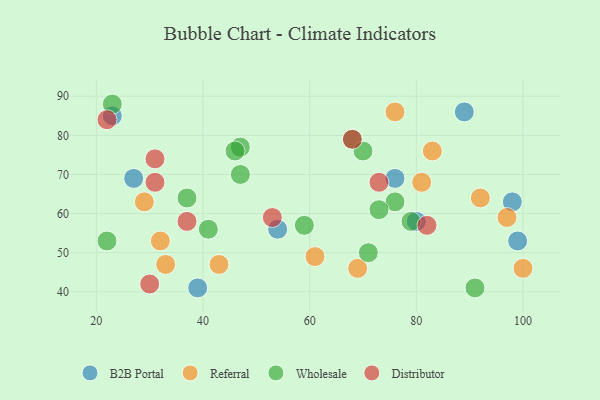
{"axis": {"x": "GDP", "y": "Life Expectancy"}, "legend": ["B2B Portal", "Distributor", "Referral", "Wholesale"], "data": [{"x": "76", "y": 69, "type": "B2B Portal"}, {"x": "39", "y": 41, "type": "B2B Portal"}, {"x": "54", "y": 56, "type": "B2B Portal"}, {"x": "98", "y": 63, "type": "B2B Portal"}, {"x": "89", "y": 86, "type": "B2B Portal"}, {"x": "99", "y": 53, "type": "B2B Portal"}, {"x": "80", "y": 58, "type": "B2B Portal"}, {"x": "27", "y": 69, "type": "B2B Portal"}, {"x": "23", "y": 85, "type": "B2B Portal"}, {"x": "76", "y": 86, "type": "Referral"}, {"x": "97", "y": 59, "type": "Referral"}, {"x": "100", "y": 46, "type": "Referral"}, {"x": "83", "y": 76, "type": "Referral"}, {"x": "33", "y": 47, "type": "Referral"}, {"x": "61", "y": 49, "type": "Referral"}, {"x": "32", "y": 53, "type": "Referral"}, {"x": "81", "y": 68, "type": "Referral"}, {"x": "43", "y": 47, "type": "Referral"}, {"x": "92", "y": 64, "type": "Referral"}, {"x": "29", "y": 63, "type": "Referral"}, {"x": "69", "y": 46, "type": "Referral"}, {"x": "91", "y": 41, "type": "Wholesale"}, {"x": "23", "y": 88, "type": "Wholesale"}, {"x": "71", "y": 50, "type": "Wholesale"}, {"x": "68", "y": 79, "type": "Wholesale"}, {"x": "47", "y": 70, "type": "Wholesale"}, {"x": "47", "y": 77, "type": "Wholesale"}, {"x": "22", "y": 53, "type": "Wholesale"}, {"x": "70", "y": 76, "type": "Wholesale"}, {"x": "41", "y": 56, "type": "Wholesale"}, {"x": "37", "y": 64, "type": "Wholesale"}, {"x": "59", "y": 57, "type": "Wholesale"}, {"x": "46", "y": 76, "type": "Wholesale"}, {"x": "76", "y": 63, "type": "Wholesale"}, {"x": "79", "y": 58, "type": "Wholesale"}, {"x": "73", "y": 61, "type": "Wholesale"}, {"x": "22", "y": 84, "type": "Distributor"}, {"x": "53", "y": 59, "type": "Distributor"}, {"x": "82", "y": 57, "type": "Distributor"}, {"x": "31", "y": 68, "type": "Distributor"}, {"x": "31", "y": 74, "type": "Distributor"}, {"x": "37", "y": 58, "type": "Distributor"}, {"x": "73", "y": 68, "type": "Distributor"}, {"x": "30", "y": 42, "type": "Distributor"}, {"x": "68", "y": 79, "type": "Distributor"}]}